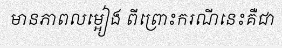
មានភាពលម្អៀង ពីព្រោះករណីនេះគឺជា